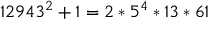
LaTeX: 1 2 9 4 3 ^ { 2 } + 1 = 2 * 5 ^ { 4 } * 1 3 * 6 1